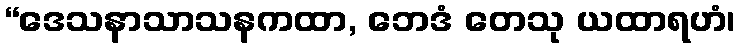
“ဒေသနာသာသနကထာ, ဘေဒံ တေသု ယထာရဟံ၊